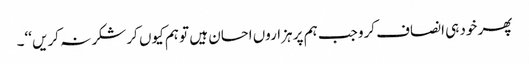
پھر خود ہی انصاف کرو جب ہم پر ہزاروں احسان ہیں تو ہم کیوں کر شکر نہ کریں ‘‘۔